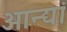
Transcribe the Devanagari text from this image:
आन्द्यां